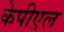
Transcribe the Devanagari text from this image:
केपीएल